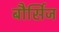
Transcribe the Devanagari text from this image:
बौर्सिज